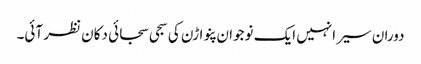
دوران سیر انہیں ایک نوجوان پنواڑن کی سجی سجائی دکان نظر آئی۔